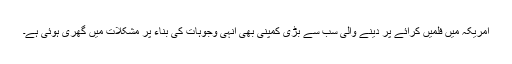
امریکہ میں فلمیں کرائے پر دینے والی سب سے بڑی کمپنی بھی انہی وجوہات کی بناء پر مشکلات میں گھری ہوئی ہے۔